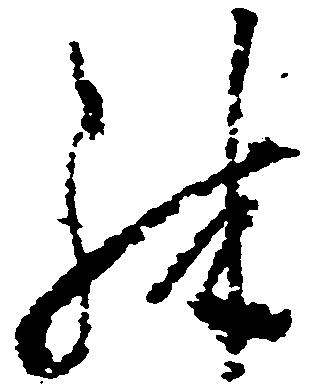
殊